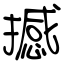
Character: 撼